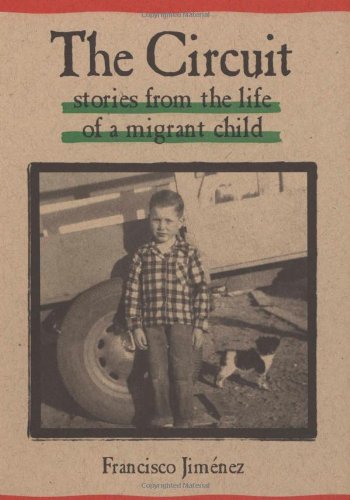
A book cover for The Circuit; Francisco JimÃ©nez; Children's Books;